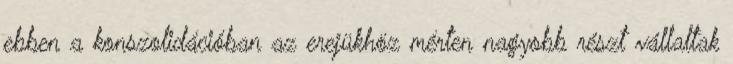
ebben a konszolidációban az erejükhöz mérten nagyobb részt vállaltak